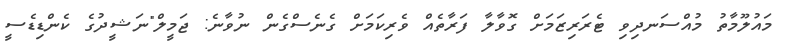
މައުލޫމާތު މުއްސަނދިވި ޓެރަރިޒަމަށް ގޮވާލާ ފަރާތެއް ވެރިކަމަށް ގެނެސްގެން ނުވާނެ: ޖަމީލް"ނަޝީދުގެ ކެންޑިޑެސީ